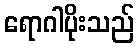
ရောဂါပိုးသည်